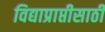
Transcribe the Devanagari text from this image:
विद्याप्राप्तीसाठी